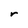
Character: r